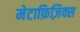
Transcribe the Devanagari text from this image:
मेटाफ़िज़िक्स